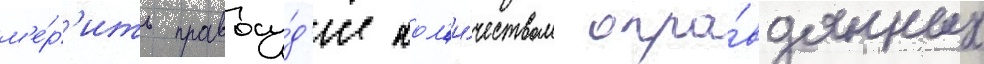
м'е́р'ить правосу́д'ие кол'и́чеством опра́вданных